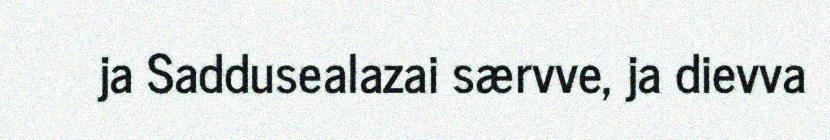
ja Saddusealazai særvve, ja dievva